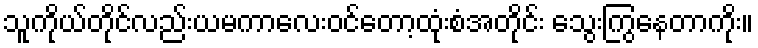
သူကိုယ်တိုင်လည်းယမကာလေးဝင်တော့ထုံးစံအတိုင်း သွေးကြွနေတာကိုး။